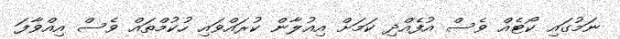
ނަމުގައި ކޯޓެއް ވެސް އުފެއްދި ކަމަށް އިއުލާން ކުރައްވައި ހުކުމްތައް ވެސް އިއްވާފަ